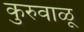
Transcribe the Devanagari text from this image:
कुरुवाळू